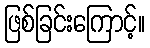
ဖြစ်ခြင်းကြောင့်။